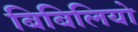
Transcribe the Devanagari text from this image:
बिबिलियो